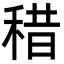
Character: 稓